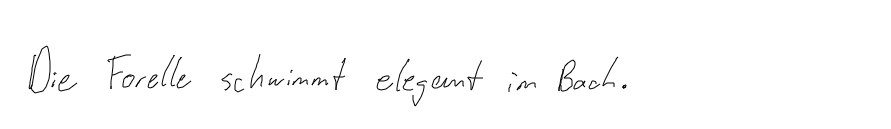
Die Forelle schwimmt elegant im Bach.